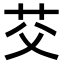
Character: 𫇫